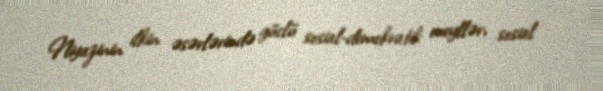
Niyazinin ilkin əsərlərində güclü sosial-demokratik meyllər, sosial